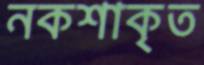
নকশাকৃত